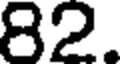
82.